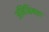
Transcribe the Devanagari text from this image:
अनिश्चियता